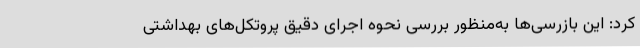
کرد: این بازرسی‌ها به‌منظور بررسی نحوه اجرای دقیق پروتکل‌های بهداشتی